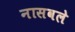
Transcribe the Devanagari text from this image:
नासवले